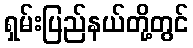
ရှမ်းပြည်နယ်တို့တွင်